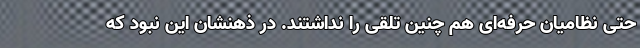
حتی نظامیان حرفه‌ای هم چنین تلقی را نداشتند. در ذهنشان این نبود که